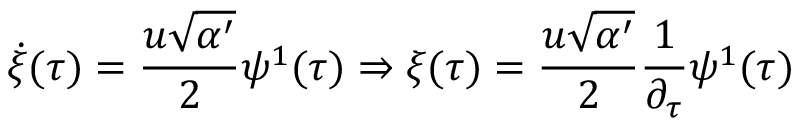
\dot { \xi } ( \tau ) = \frac { u \sqrt { \alpha ^ { \prime } } } { 2 } \psi ^ { 1 } ( \tau ) \Rightarrow \xi ( \tau ) = \frac { u \sqrt { \alpha ^ { \prime } } } { 2 } \frac { 1 } { \partial _ { \tau } } \psi ^ { 1 } ( \tau )